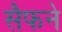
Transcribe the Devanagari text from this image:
सैफने